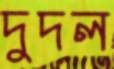
দুদল